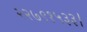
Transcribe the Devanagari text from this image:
२२७९१५३३।